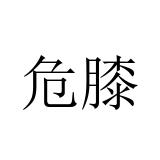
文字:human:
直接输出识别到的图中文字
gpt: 危膝